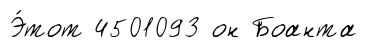
Э́тот 4501093 он Боанта